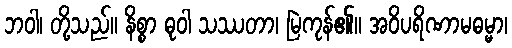
ဘဝါ၊ တို့သည်။ နိစ္စာ ဓုဝါ သဿတာ၊ မြဲကုန်၏။ အဝိပရိဏာမဓမ္မာ၊